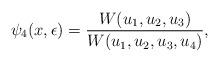
LaTeX: \begin{align*}\psi_4 (x,\epsilon)=\frac{W(u_1,u_2,u_3)}{W(u_1,u_2,u_3,u_4)},\end{align*}